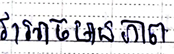
វាអាចមានភាព